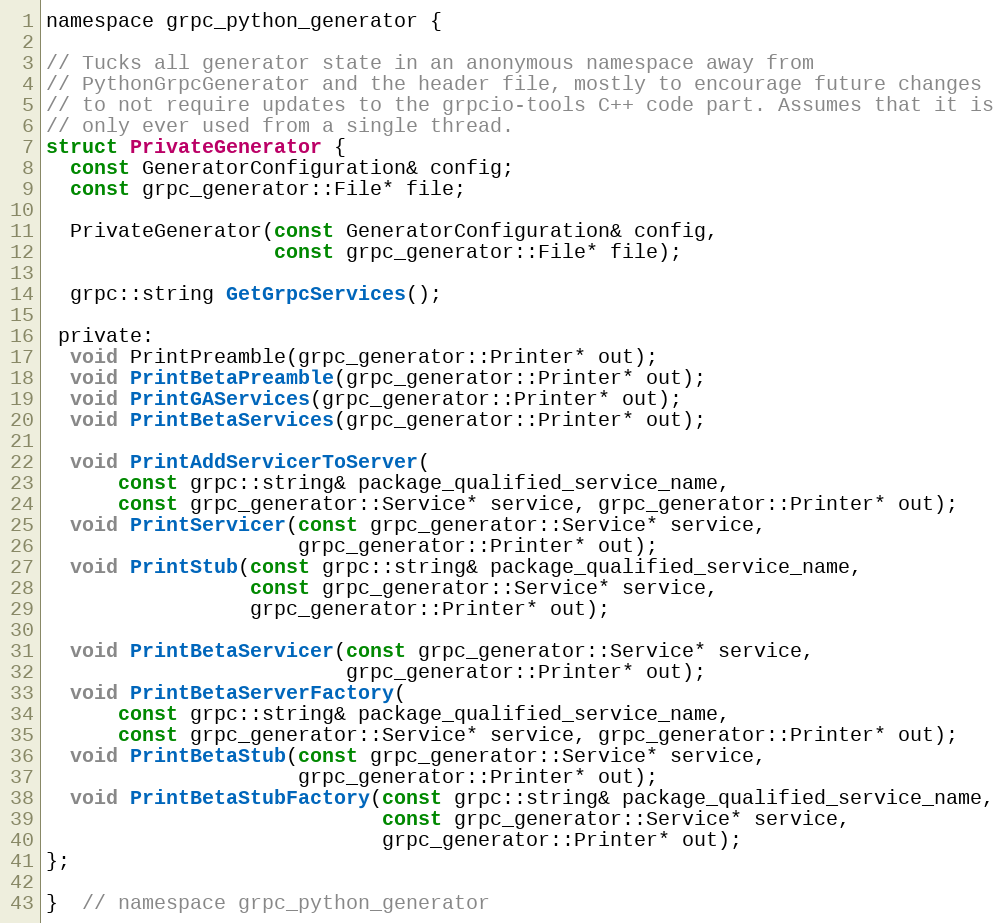
Language: C
namespace grpc_python_generator {

// Tucks all generator state in an anonymous namespace away from
// PythonGrpcGenerator and the header file, mostly to encourage future changes
// to not require updates to the grpcio-tools C++ code part. Assumes that it is
// only ever used from a single thread.
struct PrivateGenerator {
  const GeneratorConfiguration& config;
  const grpc_generator::File* file;

  PrivateGenerator(const GeneratorConfiguration& config,
                   const grpc_generator::File* file);

  grpc::string GetGrpcServices();

 private:
  void PrintPreamble(grpc_generator::Printer* out);
  void PrintBetaPreamble(grpc_generator::Printer* out);
  void PrintGAServices(grpc_generator::Printer* out);
  void PrintBetaServices(grpc_generator::Printer* out);

  void PrintAddServicerToServer(
      const grpc::string& package_qualified_service_name,
      const grpc_generator::Service* service, grpc_generator::Printer* out);
  void PrintServicer(const grpc_generator::Service* service,
                     grpc_generator::Printer* out);
  void PrintStub(const grpc::string& package_qualified_service_name,
                 const grpc_generator::Service* service,
                 grpc_generator::Printer* out);

  void PrintBetaServicer(const grpc_generator::Service* service,
                         grpc_generator::Printer* out);
  void PrintBetaServerFactory(
      const grpc::string& package_qualified_service_name,
      const grpc_generator::Service* service, grpc_generator::Printer* out);
  void PrintBetaStub(const grpc_generator::Service* service,
                     grpc_generator::Printer* out);
  void PrintBetaStubFactory(const grpc::string& package_qualified_service_name,
                            const grpc_generator::Service* service,
                            grpc_generator::Printer* out);
};

}  // namespace grpc_python_generator